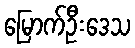
မြောက်ဦးဒေသ